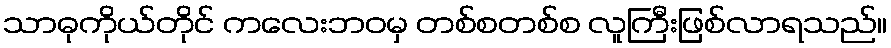
သာဓုကိုယ်တိုင် ကလေးဘဝမှ တစ်စတစ်စ လူကြီးဖြစ်လာရသည်။